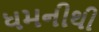
ધમનીથી